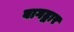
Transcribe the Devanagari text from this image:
बागद्वार